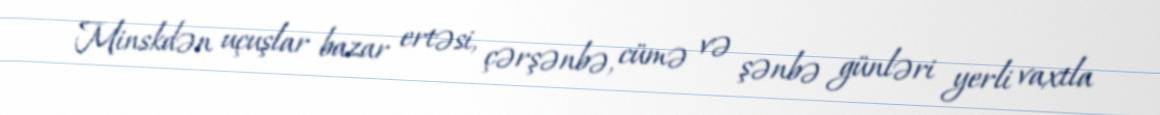
Minskdən uçuşlar bazar ertəsi, çərşənbə, cümə və şənbə günləri yerli vaxtla